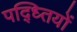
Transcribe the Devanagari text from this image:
पद्ध्तियों